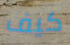
كيف